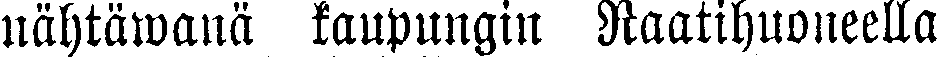
nähtäwanä kaupungin Raatihuoneella